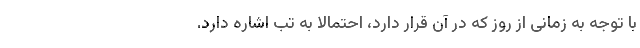
با توجه به زمانی از روز که در آن قرار دارد، احتمالا به تب اشاره دارد.